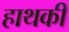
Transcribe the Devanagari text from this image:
हाथकी